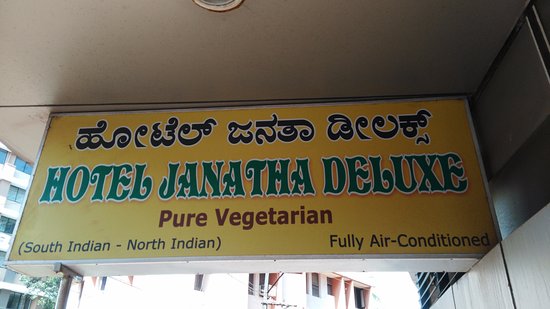
Language: kannada
Transcription: ಡೀಲಕ್ಸ್ ಜನತಾ ಹೋಟೆಲ್